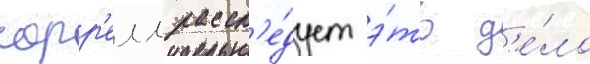
сорр'елл рассл'е́дует э́то д'е́ло